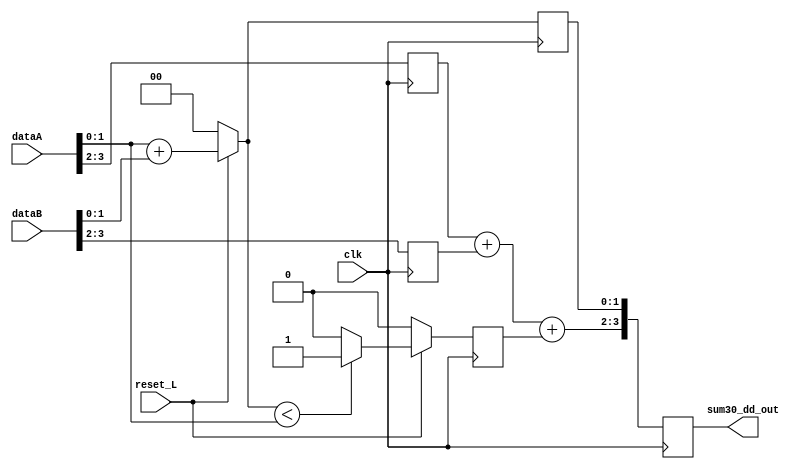
module sum_pipe ( output reg [3:0] sum30_dd_out,
		  input wire [3:0] dataA, dataB,
		  input wire 	   clk, reset_L );

   reg [1:0] 			   dataA_d, dataB_d;
   reg [1:0] 			   sum10, sum10_d;
   reg [3:0] 			   sum30_d;
   reg 				   acarreo0;
   reg 				   acarreo0_d;
   
   

   /// ETAPA UNO DEL PIPELINE
   
   /// SUMA DE LOS VALORES MENOS SIGNIFICATIVOS
   always @( * ) begin: SUMLSB_LOGIC
      if( reset_L ) begin
	 sum10 = dataA[1:0] + dataB[1:0];
      end
      else begin
	 sum10 = 2'b00;
      end
   end // block: SUMLSB_LOGIC

   always @( * ) begin: CARRY_LOGIC
      if( reset_L ) begin
	 if( sum10 < dataA[1:0] ) begin
	    acarreo0 = 1'b1;
	 end
	 else begin
	    acarreo0 = 1'b0;
	 end
      end
      else begin
	 acarreo0 = 1'b0;
      end // else: !if( reset_L )
   end // always @ ( suma10 )
   
   
   // PRIMERA ETAPA DE FLOPS
   always @( posedge clk ) begin: FLOPS_ETAPA1
      acarreo0_d <= acarreo0;
      dataA_d <= dataA[3:2];
      dataB_d <= dataB[3:2];
      sum10_d <= sum10;
   end

   // ETAPA DOS DEL PIPELINE

   // SUMA LAS PARTES MAS SINIFICATIVAS, EL ACARREO Y
   // ADEMAS AGREGA LA SUMA DE LA PARTE LSB DE LA ETAPA
   // ANTERIOR.   
   always @( * ) begin: SUMMSB_LOGIC
      sum30_d[3:2] = dataA_d + dataB_d + acarreo0_d;
      sum30_d[1:0] = sum10_d;
   end

   always @( posedge clk ) begin:  FLOPS_ETAPA2
      sum30_dd_out <= sum30_d;
   end

endmodule // sum_pipe